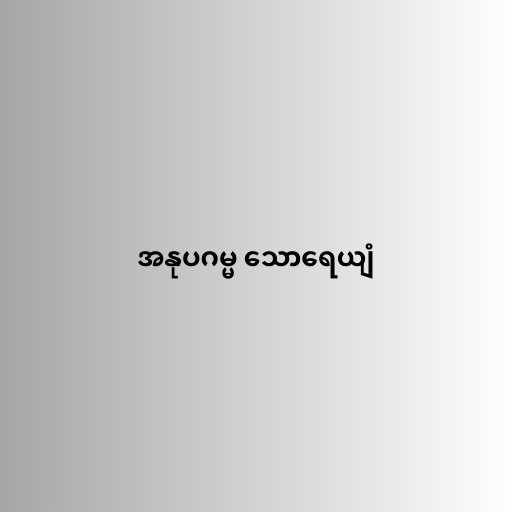
အနုပဂမ္မ သောရေယျံ